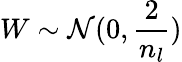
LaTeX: W\sim\mathcal{N}(0,\frac{2}{n_{l}})